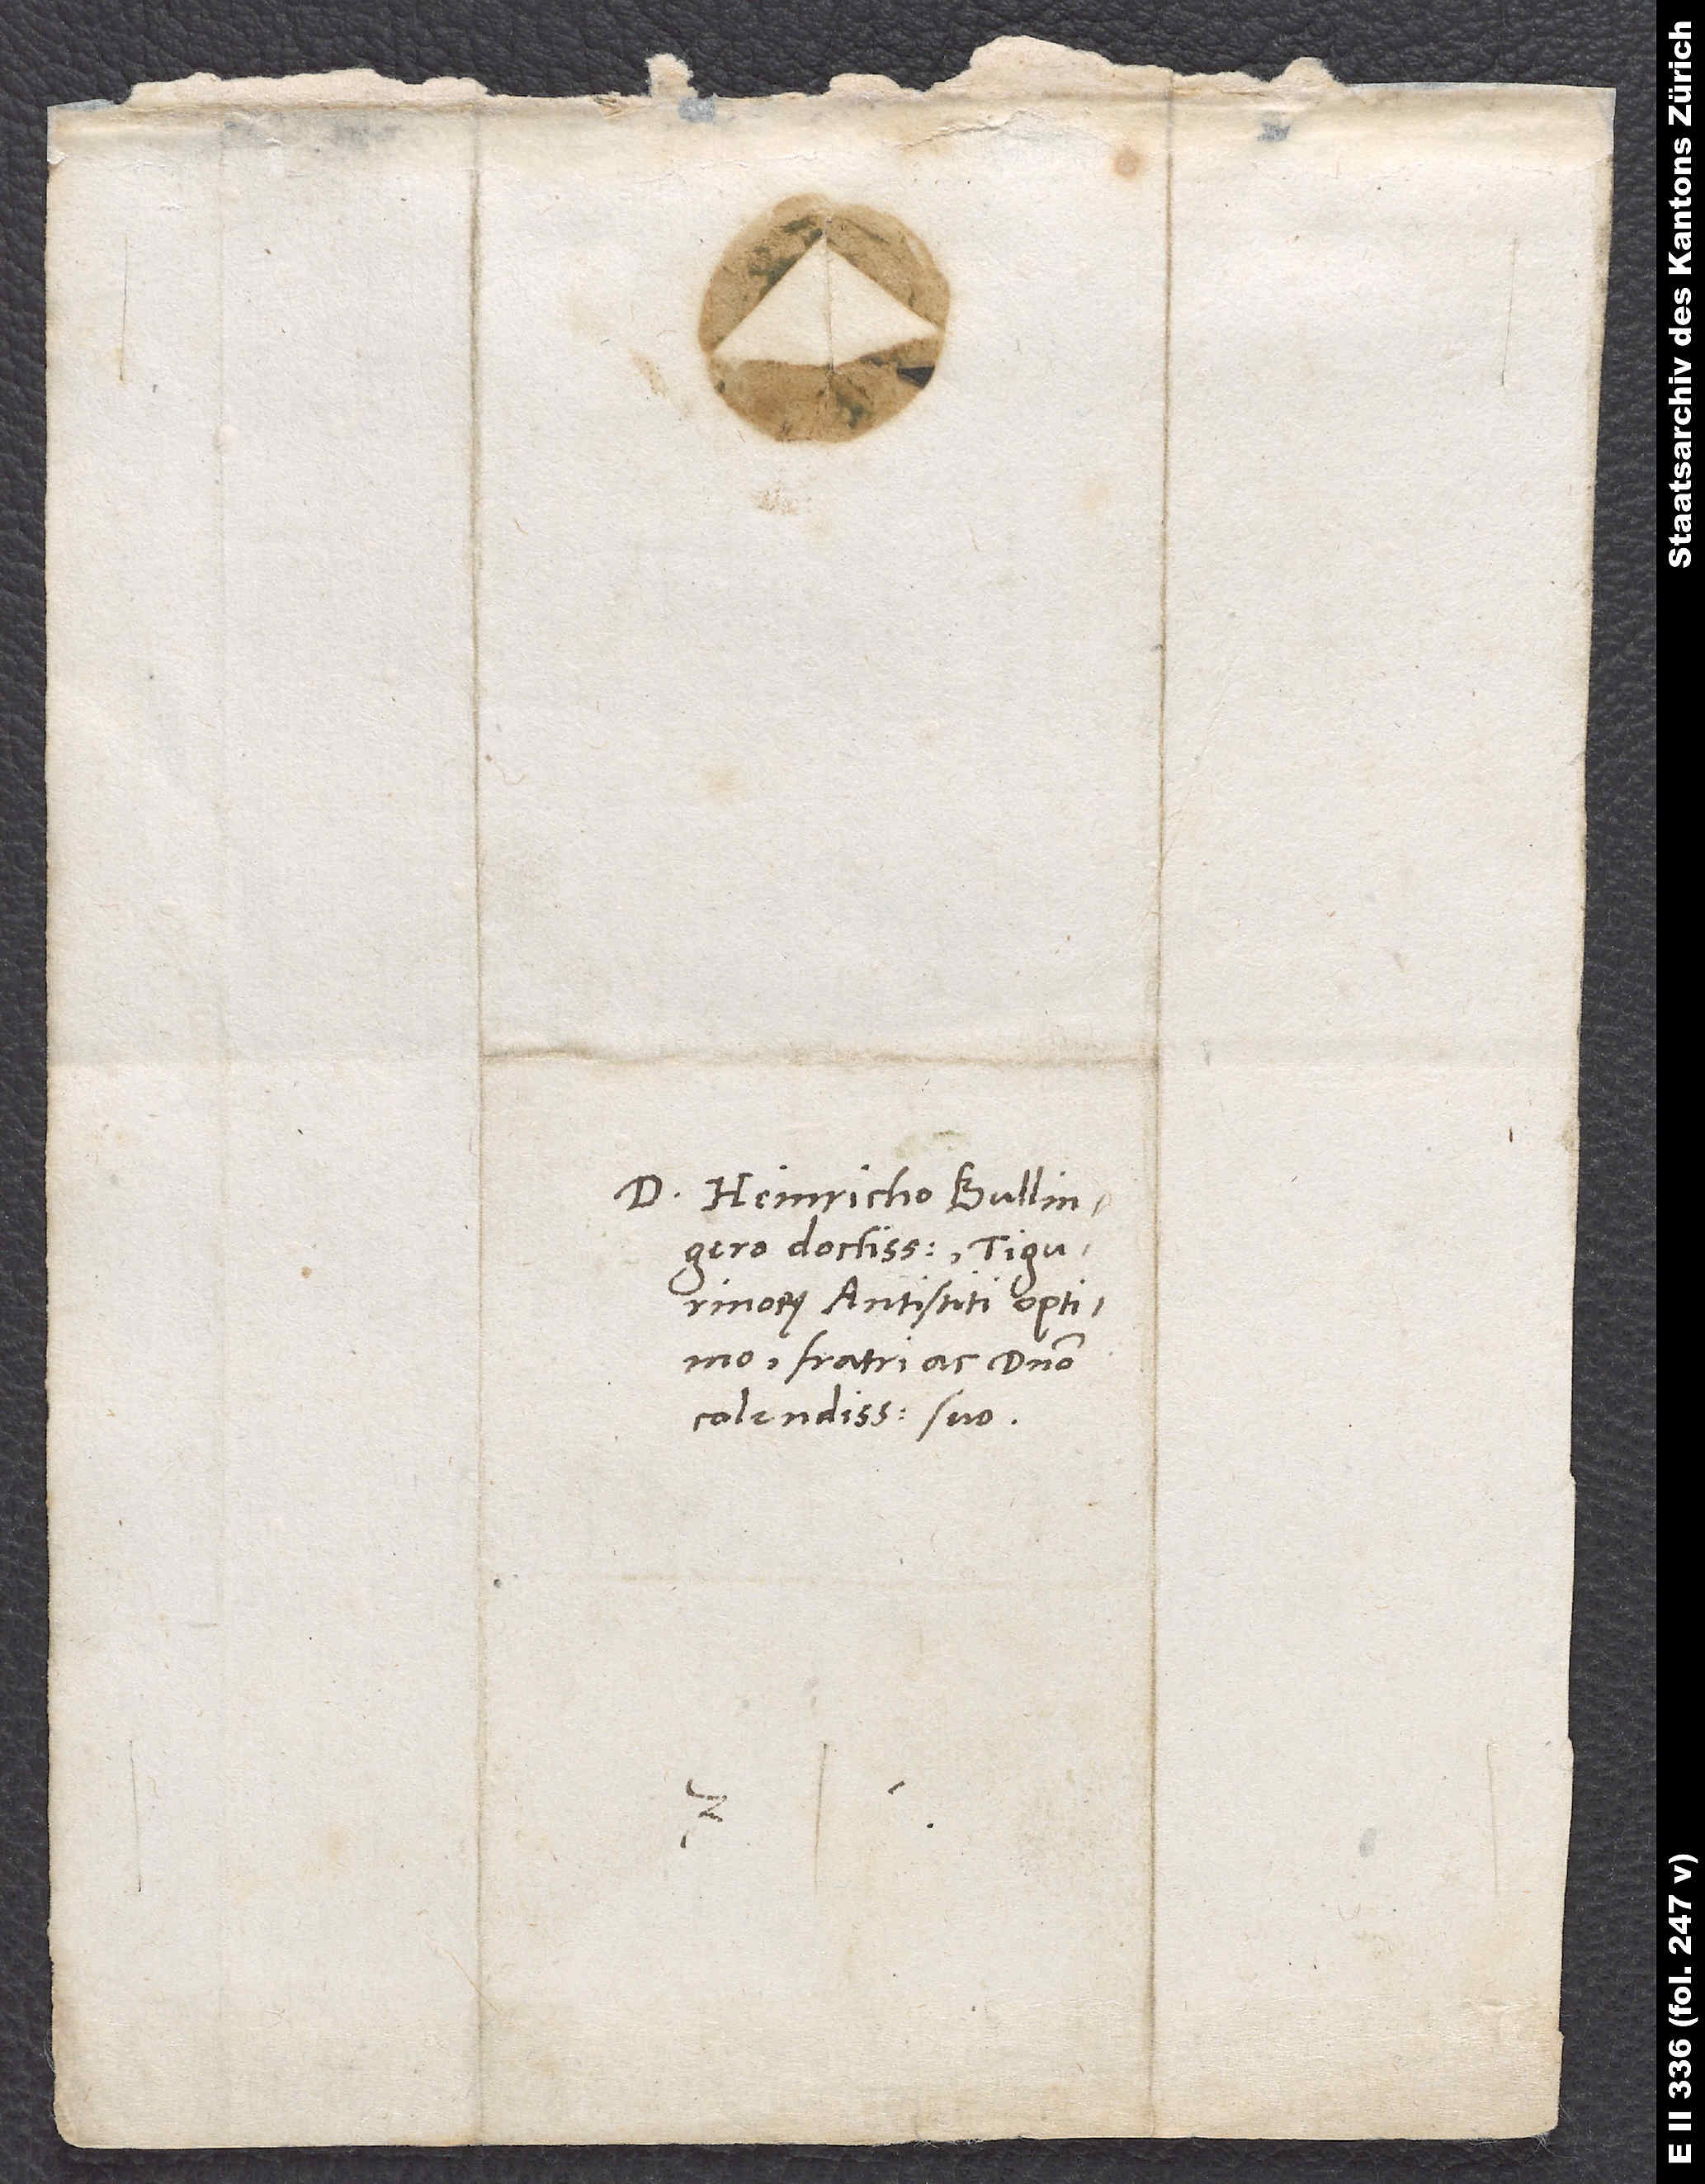
Domino Heinricho Bullingero
doctissimo, Tigurinorum
antistiti optimo,
fratri ac domino
colendissimo suo.